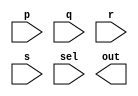
module mux4x1(p,q,r,s,sel,out);
  input p,q,r,s;
  input [1:0] sel;
  output out;
  
  wire w1 , w2;
  
  mux2x1 M1(.a(p) , .b(q) , .sel(sel[0]) , .out(w1));
  mux2x1 M2(.a(r) , .b(s) , .sel(sel[0]) , .out(w2));
  mux2x1 M3(.a(w1) , .b(w2) , .sel(sel[1]) , .out(o));
endmodule

module mux2x1(a,b,sel,out);
  input a,b,sel;
  output out;
  reg out;
  always @ (*)
    begin
      if(sel==1'b0)
         out = a;
      else
         out = b;
    end
endmodule